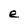
Character: e